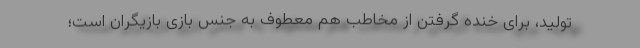
تولید، برای خنده گرفتن از مخاطب هم معطوف به جنس بازی بازیگران است؛